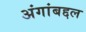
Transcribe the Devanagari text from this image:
अंगांबद्दल